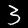
Digit: 3